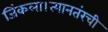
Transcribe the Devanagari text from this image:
जिंकला।त्यानतंरची